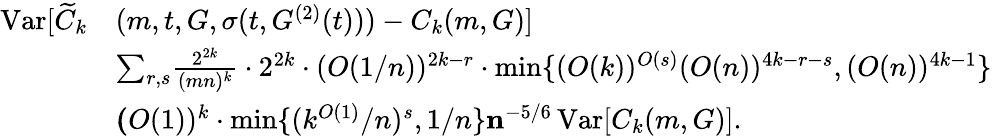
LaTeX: \begin{array}{rl}{\operatorname{Var}[\widetilde{C}_{k}}&{(m,t,G,\sigma(t,G^{(2)}(t)))-C_{k}(m,G)]}\\ &{\le\sum_{r,s}\frac{2^{2k}}{(mn)^{k}}\cdot 2^{2k}\cdot(O(1/n))^{2k-r}\cdot\operatorname*{min}\{ (O(k))^{O(s)}(O(n))^{4k-r-s},(O(n))^{4k-1}\} }\\ &{\le(O(1))^{k}\cdot\operatorname*{min}\{ (k^{O(1)}/n)^{s},1/n\} \le n^{-5/6}\operatorname{Var}[C_{k}(m,G)].}\end{array}